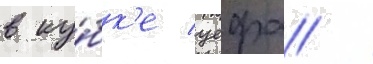
в ку́бк'е уефа /